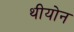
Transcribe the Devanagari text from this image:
थीयोन